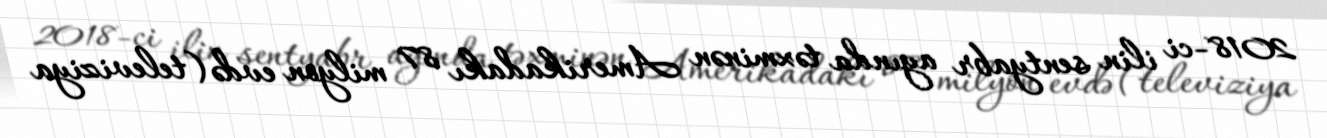
2018-ci ilin sentyabr ayında təxminən Amerikadakı 87 milyon evdə (televiziya